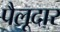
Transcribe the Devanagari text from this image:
पैलूदार